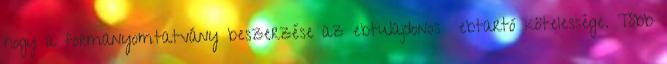
hogy a formanyomtatvány beszerzése az ebtulajdonos ebtartó kötelessége. Több